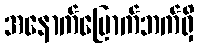
အနောက်မြောက်ဘက်ရှိ